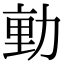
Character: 𭄴